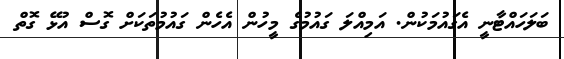
ބަލަހައްޓާނީ އެގައުމަކުން. އަމިއްލަ ގައުމުގެ މީހުން އެހެން ގައުމުތަކަށް ގޮސް އުޅޭ ގޮތް